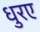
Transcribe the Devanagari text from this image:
धुरए